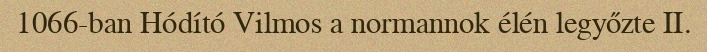
1066-ban Hódító Vilmos a normannok élén legyőzte II.